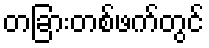
တခြားတစ်ဖက်တွင်